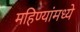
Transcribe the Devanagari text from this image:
महिण्यांमध्ये